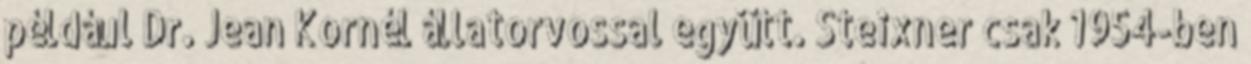
például Dr. Jean Kornél állatorvossal együtt. Steixner csak 1954-ben